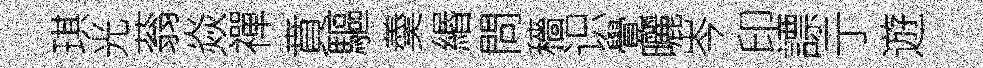
琪光蓊焱禪賁驅羮緡問穡识覺曬岑印謤亍遊